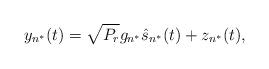
LaTeX: \begin{align*}y_{n^*}(t) = \sqrt{P_r}g_{n^*} \hat{s}_{n^*}(t) + z_{n^*}(t),\end{align*}